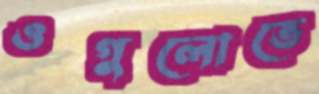
ওগুলোতে